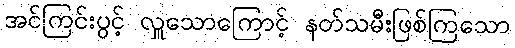
အင်ကြင်းပွင့် လှူသောကြောင့် နတ်သမီးဖြစ်ကြသော